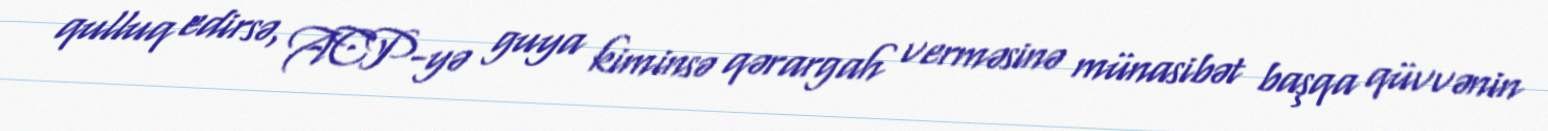
qulluq edirsə, ACP-yə guya kiminsə qərargah verməsinə münasibət başqa qüvvənin